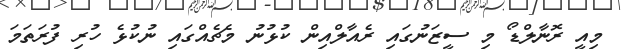
މިއީ ރޮނާލްޑޯ މި ސީޒަނުގައި ރެއާލްއިން ކުޅުނު މެޗެއްގައި ނުކުޅެ ހުރި ފުރަތަމަ